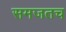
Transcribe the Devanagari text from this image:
समजतच